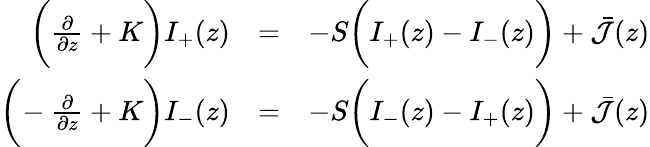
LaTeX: \begin{array}{rlr}{\bigg(\frac{\partial}{\partial z}+K\bigg)I_{+}(z)}&{=}&{-S\bigg(I_{+}(z)-I_{-}(z)\bigg)+\bar{\cal J}(z)}\\ {\bigg(\! -\frac{\partial}{\partial z}+K\bigg)I_{-}(z)}&{=}&{-S\bigg(I_{-}(z)-I_{+}(z)\bigg)+\bar{\cal J}(z)}\end{array}